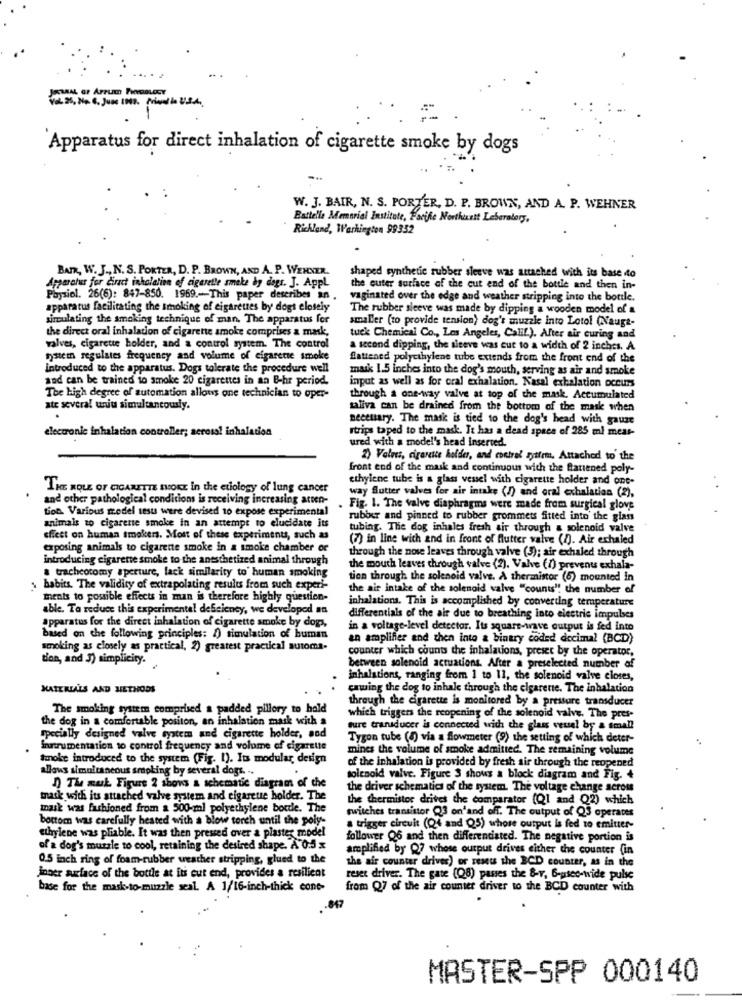
Apparatus for direct inhalation of cigarette smoke by dogs
W. J. BAIR, N. S. PORTER, D. P. BROWN, AND A. P. WEHNER
Battelle Memorial Institute, Forife Northunit Laboratory,
Richland, Washington 99352
BAIR, W. J ., N. S. PORTER, D. P. BROWN, AND A. P. WEHNER.
shaped synthetic rubber sleeve was attached with its base to
Apparatus for Gract inhalation of cigarette smoke by degs. J. AppL
the outer surface of the cut end of the bottle and then in-
Physiol. 26(6): 847-850. 1969 .- This paper describes an
vaginated over the edge and weather stripping into the bottle.
apparatus facilitating the smoking of cigarettes by dogt closely
The rubber sleeve was made by dipping a wooden model of a
simulating the smoking technique of man. The apparatus for
smaller (to provide tension) dog's muzzle into Lotol (Nauga-
the direct oral inhalation of cigarette smoke comprises a mask,
tuek Chemical Co ., Los Angeles, Calif.). After air curing and
valves, cigarette holder, and a control system. The control
a second dipping, the siceve was cut to a width of 2 inches. A
ystem regulates frequency and volume of cigarette smoke
Sattened polyethylene tube extends from the front end of the
introduced to the apparatus. Dogs tolerate the procedure well
mask 1.5 inches into the dog's mouth, serving as air and smoke
and can be trained to smoke 20 cigarettes in an B-hr period.
input as well as for cral exhalation. Nasal exhalation occurs
The high degree of automation allons one technician to oper-
through a one-way valve at top of the mask. Accumulated
att several uniu simultaneously.
saliva can be drained from the bottom of the mask when
necessary. The mask is tied to the dog's head with gauze
strips taped to the mask. It has a dead space of 285 ml meat-
electronic inhalation controller; serosal inhalation
ured with a model's head Inserted.
2) Valnes, cigarette holder, and control nytfem. Attached to' the
front end of the mask and continuous with the flattened poly-
ethylene tube is a glass vessel with cigarette holder and one-
THE ROLE OF CIGARETTE SMOKE in the etiology of lung cancer
way Slutter valves for air intake (!) and oral exhalation (2),
and other pathological conditions is receiving increasing atten-
tion. Various model tests were devised to expose experimental
Fig. 1. The valve diaphragms were made from surgical glove
animals to cigarene smoke in an attempt to elucidate its
rubor and pinned to rubber grommets fitted into the glass
tubing. The dog inhales fresh air through & solenoid valve
sffect on human smokers. Most of these experiments, such as
(7) in line with and in front of flutter valve (n). Air echaled
exposing animals to cigarette smoke in a smoke chamber of
through the nose leaves through valve (3); air exhaled through
Introducing cigarette smoke to the anesthetized animal through
a tracheotomy aperture, lack similarity to' human smoking
the mouth leaves through valve (2). Valve (f) prevents exhala-
tion through the solenoid valve. A thermistor (6) mounted In
habits. The validity of extrapolating results from such experi-
the air intake of the solenoid valve "counts" the number of
ments to possible effects in man is therefore highly question-
able. To reduce this experimental deficiency, we developed an
inhalations. This is accomplished by converting temperature
apparatus for the direct inhalation of cigarette smoke by dogs,
differentials of the air due to breathing into electric impulses
in a voltage-level detector. Its square-wave output is fed into
based on the following principles: 1) simulation of human
an amplifier and then into & binary coded docimal (BCD)
smoking as closely as practical, 2) greatest practical automa-
counter which counts the inhalations, preset by the operator,
t'on, and 3) simplicity.
between solenoid actuations. After a preselected number of
inhalations, ranging from 1 to 11, the solenoid valve closes,
MATERIALS AND METHODS
cmwing the dog to inhale through the cigarette. The inhalation
through the cigarette is monitored by a pressure transducer
The smoking system comprised a padded pillory to hold
which triggers the reopening of the solenoid valve. The pres-
the dog in a comfortable positon, an inhalation mask with a
ture transducer is connected with the glass veusel by a small
specially designed valve system and cigarette holder, aod
Tygon tube (0) via a flowmeter (9) the setting of which deter-
frutrumentation to control frequency and volume of cigarette
mines the volume of smoke admitted. The remaining volume
tanoke introduced to the system (Fig. 1). Its modular, design
of the inhalation is provided by fresh air through the reopened
allows simultaneous smoking by several dogs. ..
solenoid valve. Figure 3 shows a block diagram and Fig. 4
D) The muk Figure 2 shows a schematic diagram of the
the driver schematics of the system. The voltage change across
mask with its attached valve system and cigarette holder. The
the thermistor drives the comparator (Ql and Q2) which
mask was fashioned from a 500-ml polyethylene borde. The
switches transistor Q3 on and off. The output of Q3 operates
bottom was carefully heated with a blow torch until the poly-
a trigger circuit (Q4 and Q5) whose output is fed to emitter-
ethylene was pliable. It was then pressed over a plaster model
follower Q6 and then differentiated. The negative portion is
of a dog's muzzle to cool, retaining the desired shape. A'0:5 x
amplified by Q7 whose ourput drives either the counter (in
0.5 inch ring of foam-rubber weather stripping, glued to the
the air counter drives) or reset the BCD counter, as in the
inner surface of the bottle at its cut end, provides a resilient
reset driver. The gate (08) passes the &-v, 6-useo-wide pulse
base for the mask-to-muzzle seal. A 1/16-inch-thick cone-
from Q7 of the air counter driver to the BCD counter with
847
MASTER-SPP 000140